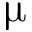
\upmu